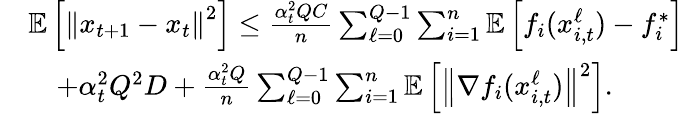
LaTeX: \begin{array}{rl}&{\mathbb{E}\left[\left\Vert x_{t+1}-x_{t}\right\Vert^{2}\right]\leq\frac{\alpha_{t}^{2}QC}{n}\sum_{\ell=0}^{Q-1}\sum_{i=1}^{n}\mathbb{E}\left[f_{i}(x_{i,t}^{\ell})-f_{i}^{*}\right]}\\ &{\quad+\alpha_{t}^{2}Q^{2}D+\frac{\alpha_{t}^{2}Q}{n}\sum_{\ell=0}^{Q-1}\sum_{i=1}^{n}\mathbb{E}\left[\left\Vert\nabla f_{i}(x_{i,t}^{\ell})\right\Vert^{2}\right].}\end{array}